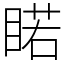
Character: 睰